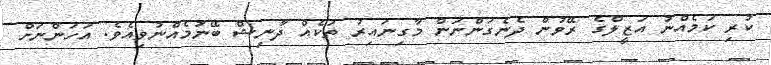
ކުރި ކަމެއްނު އަޒީލްގެ ރޭވުން ދެނެގަންނަަން މާގިނައިރު ތަކެއް ދާނިޝް ބޭނުމެއްނުވިއެވެ. އަހަންނަށް